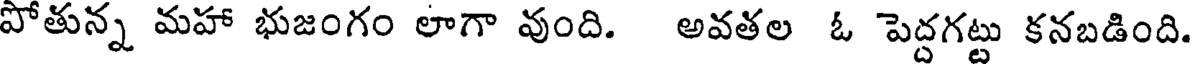
పోతున్న మహా భుజంగం లాగా వుంది. అవతల ఓ పెద్దగట్టు కనబడింది.